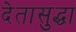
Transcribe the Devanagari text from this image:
देतासुद्धा